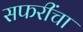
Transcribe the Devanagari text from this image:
सफरींचा